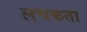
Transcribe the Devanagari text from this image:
लचकता